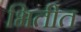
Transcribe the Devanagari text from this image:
भितीत